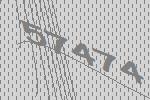
57474